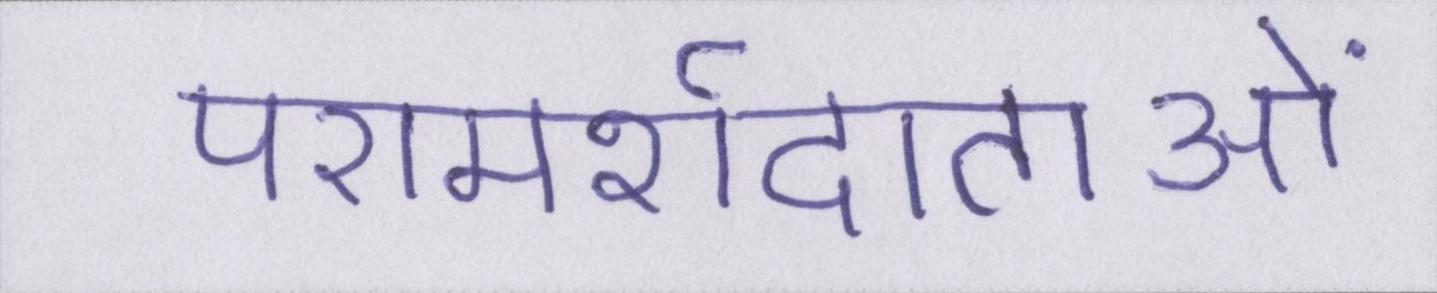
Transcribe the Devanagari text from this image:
परामर्शदाताओं